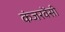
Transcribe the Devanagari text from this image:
कंजरवेंसी